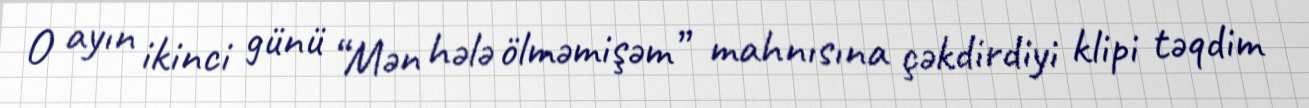
O ayın ikinci günü “Mən hələ ölməmişəm” mahnısına çəkdirdiyi klipi təqdim